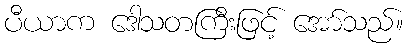
ပီယာက ဒေါသတကြီးဖြင့် အော်သည်။